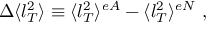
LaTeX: \Delta \langle l _ { T } ^ { 2 } \rangle \equiv \langle l _ { T } ^ { 2 } \rangle ^ { e A } - \langle l _ { T } ^ { 2 } \rangle ^ { e N } \ ,